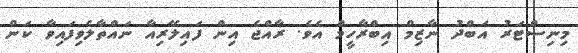
މިނިސްޓަރު އަބްދު ނާޒިމް އިބްރާހީމް އެވެ. ރާއްޖެ އިން ފައިލޭރިއާ ނައްތާލެވިފައިވާ ކަން